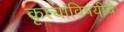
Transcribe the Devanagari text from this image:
कृत्यांविषयीचे